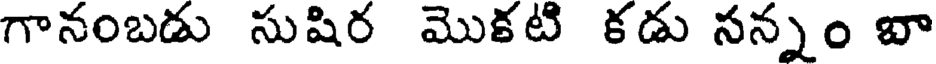
గానంబడు సుషిర మొకటి కడు సన్నం బా